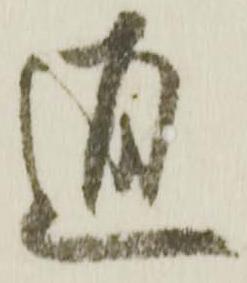
通